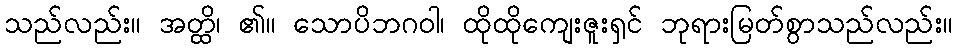
သည်လည်း။ အတ္ထိ၊ ၏။ သောပိဘဂဝါ၊ ထိုထိုကျေးဇူးရှင် ဘုရားမြတ်စွာသည်လည်း။